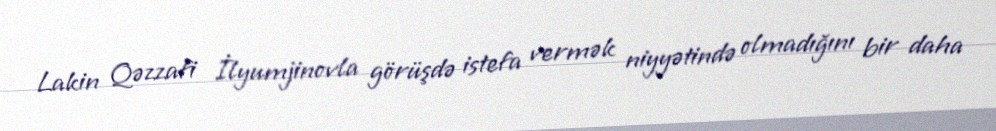
Lakin Qəzzafi İlyumjinovla görüşdə istefa vermək niyyətində olmadığını bir daha